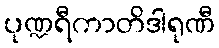
ပုဏ္ဍရီကာတိဒါရုဏီ